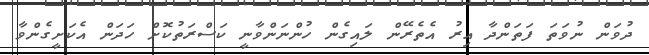
ދުވަން ނުވަތަ ފަތަންދާ އިރު އެތެރޭން ލައިގެން ހުންނަންވާނީ ކަސްރަތުކޮށް ހަދަން އެކަށީގެންވާ